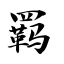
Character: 羁